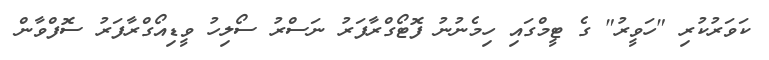
ކަވަރުކުރި "ހަވީރު" ގެ ޓީމްގައި ހިމެނުނު ފޮޓޯގްރާފަރު ނަސްރު ސޯލިހު ވީޑިއޯގްރާފަރު ސޮފްވާން